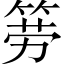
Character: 𱸇